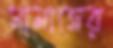
সামাজের